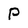
Character: p